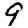
Digit: 9